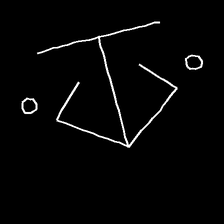
Glyph: earth